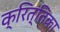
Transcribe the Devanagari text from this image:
क्रित्तिका